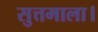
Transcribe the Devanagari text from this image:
सुत्तमाला।